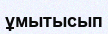
ұмытысып